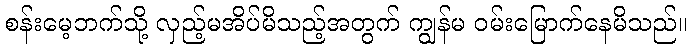
စန်းမေ့ဘက်သို့ လှည့်မအိပ်မိသည့်အတွက် ကျွန်မ ဝမ်းမြောက်နေမိသည်။